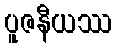
ပူဇနီယဿ